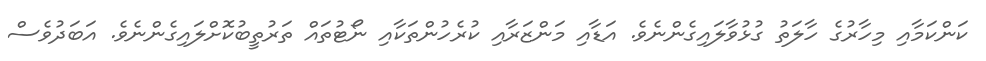
ކަންކަމާއި މިހާރުގެ ހާލަތު ގުޅުވާލައިގެންނެވެ. އަޑާއި މަންޒަރާއި ކުރެހުންތަކާއި ނޯޓުތައް ތަރުތީބުކޮށްލައިގެންނެވެ. އަބަދުވެސް